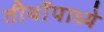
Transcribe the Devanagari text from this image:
तीर्थोपाध्ये